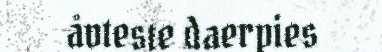
åvteste daerpies